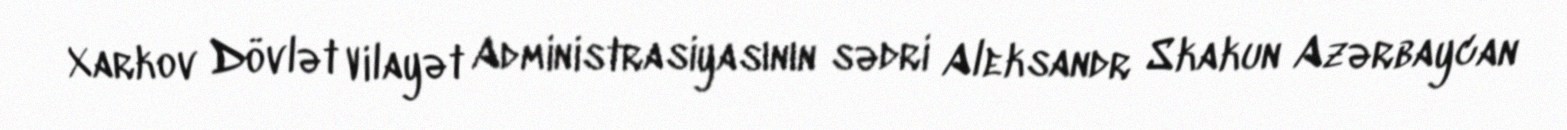
Xarkov Dövlət Vilayət Administrasiyasının sədri Aleksandr Skakun Azərbaycan